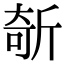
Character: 𣂦